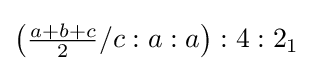
\left({\tfrac {a+b+c}{2}}/c:a:a\right):4:2_{1}